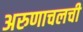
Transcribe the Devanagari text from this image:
अरुणाचलची